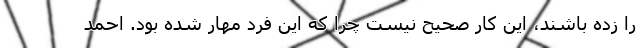
را زده باشند، این کار صحیح نیست چرا که این فرد مهار شده بود. احمد